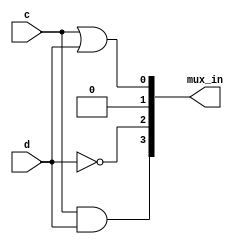
//2022_11_1 kerong
//K-map implemented with a multiplexer
module top_module (
    input c,
    input d,
    output [3:0] mux_in
); 

assign mux_in[0] = c | d;
assign mux_in[1] = 1'b0;
assign mux_in[2] = ~d;
assign mux_in[3] = c & d;

endmodule